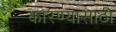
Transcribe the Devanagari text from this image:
कारण्यासाठी